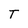
Character: T